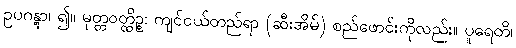
ဥပဂန္တွာ၊ ၍။ မုတ္တဝတ္ထိဉ္စ၊ ကျင်ငယ်တည်ရာ (ဆီးအိမ်) စည်ဖောင်းကိုလည်း။ ပူရေတိ၊